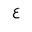
Letter: _ayn